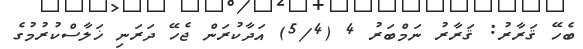
ބެހޭ ޤަރާރު: ޤަރާރު ނަމްބަރު 4 (5/4) އަދާކުރަން ޖެހޭ ދަރަނި ޚަލާސްކުރުމުގެ